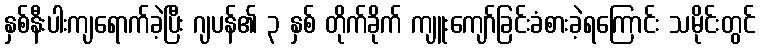
နှစ်နီးပါးကျရောက်ခဲ့ပြီး ဂျပန်၏ ၃ နှစ် တိုက်ခိုက် ကျူးကျော်ခြင်းခံစားခဲ့ရကြောင်း သမိုင်းတွင်